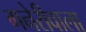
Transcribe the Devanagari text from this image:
गनेरीवाला